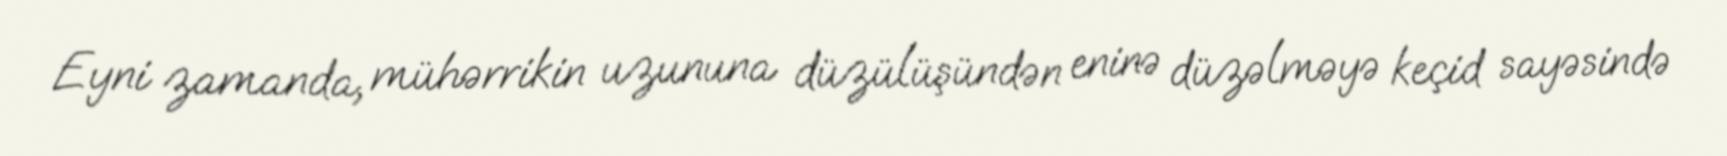
Eyni zamanda, mühərrikin uzununa düzülüşündən eninə düzəlməyə keçid sayəsində